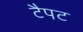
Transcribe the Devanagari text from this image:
टैपट